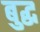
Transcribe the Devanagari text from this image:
बुद्घ